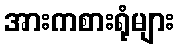
အားကစားရုံများ